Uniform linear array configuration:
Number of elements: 48
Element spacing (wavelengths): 0.75
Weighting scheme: hamming
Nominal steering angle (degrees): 45
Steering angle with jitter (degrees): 44.372
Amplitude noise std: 0.05
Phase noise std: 0.05

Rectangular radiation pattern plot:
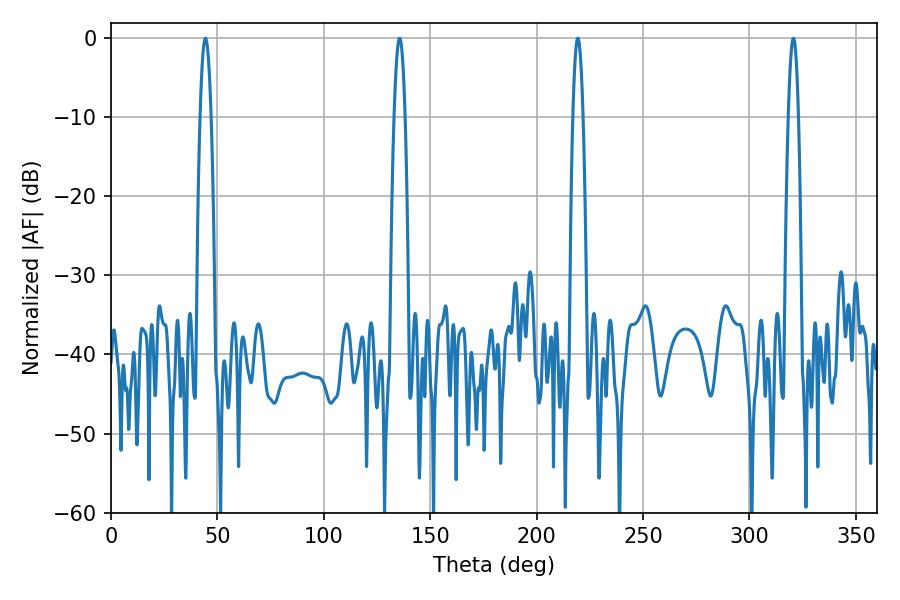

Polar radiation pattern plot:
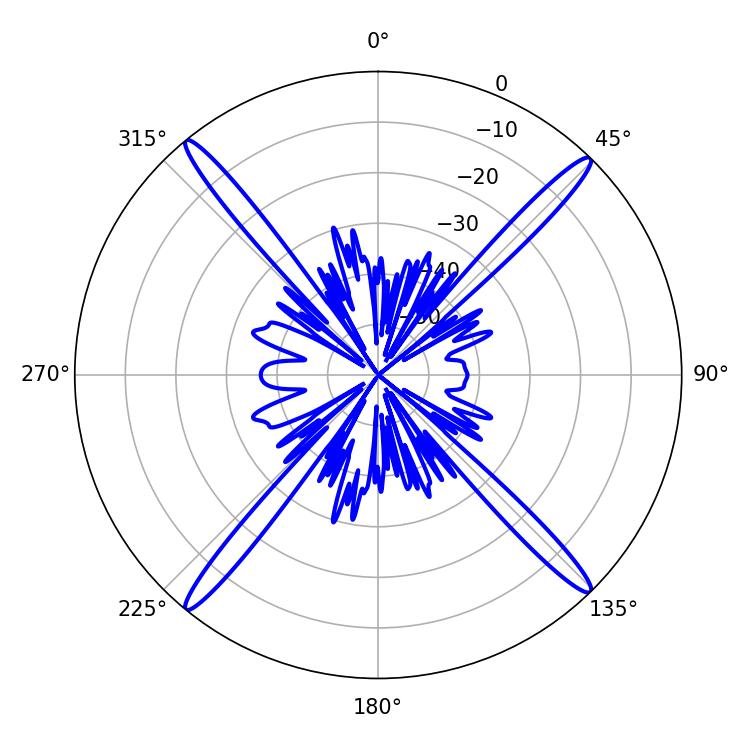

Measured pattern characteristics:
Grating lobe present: TRUE
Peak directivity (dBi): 22.152
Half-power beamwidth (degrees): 2.7
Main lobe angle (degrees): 135.54